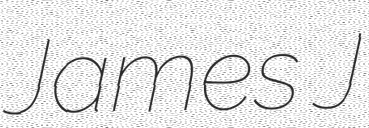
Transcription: James J